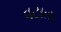
વટાતા